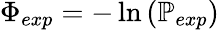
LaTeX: \Phi_{exp}=-\ln{\left(\mathbb{P}_{exp}\right)}